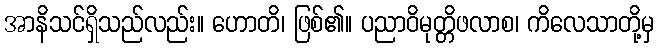
အာနိသင်ရှိသည်လည်း။ ဟောတိ၊ ဖြစ်၏။ ပညာဝိမုတ္တိဖလာစ၊ ကိလေသာတို့မှ